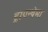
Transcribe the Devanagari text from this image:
द्रायन्थेमा